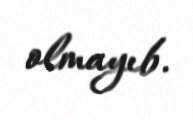
olmayıb.